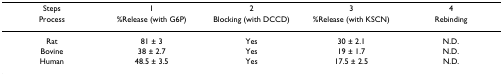
<table><thead><tr><td><b>Steps</b></td><td><b>1</b></td><td><b>2</b></td><td><b>3</b></td><td><b>4</b></td></tr><tr><td><b>Process</b></td><td><b>%Release (with G6P)</b></td><td><b>Blocking (with DCCD)</b></td><td><b>%Release (with KSCN)</b></td><td><b>Rebinding</b></td></tr></thead><tbody><tr><td>Rat</td><td>81 ± 3</td><td>Yes</td><td>30 ± 2.1</td><td>N.D.</td></tr><tr><td>Bovine</td><td>38 ± 2.7</td><td>Yes</td><td>19 ± 1.7</td><td>N.D.</td></tr><tr><td>Human</td><td>48.5 ± 3.5</td><td>Yes</td><td>17.5 ± 2.5</td><td>N.D.</td></tr></tbody></table>